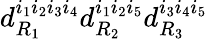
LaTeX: d_{R_{1}}^{i_{1}i_{2}i_{3}i_{4}}d_{R_{2}}^{i_{1}i_{2}i_{5}}d_{R_{3}}^{i_{3}i_{4}i_{5}}